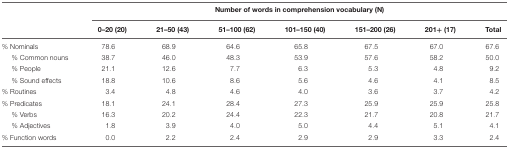
<table><thead><tr><td></td><td colspan="7"><b>Number of words in comprehension vocabulary (N)</b></td></tr><tr><td></td><td><b>0–20 (20)</b></td><td><b>21–50 (43)</b></td><td><b>51–100 (62)</b></td><td><b>101–150 (40)</b></td><td><b>151–200 (26)</b></td><td><b>201+ (17)</b></td><td><b>Total</b></td></tr></thead><tbody><tr><td>% Nominals</td><td>78.6</td><td>68.9</td><td>64.6</td><td>65.8</td><td>67.5</td><td>67.0</td><td>67.6</td></tr><tr><td>% Common nouns</td><td>38.7</td><td>46.0</td><td>48.3</td><td>53.9</td><td>57.6</td><td>58.2</td><td>50.0</td></tr><tr><td>% People</td><td>21.1</td><td>12.6</td><td>7.7</td><td>6.3</td><td>5.3</td><td>4.8</td><td>9.2</td></tr><tr><td>% Sound effects</td><td>18.8</td><td>10.6</td><td>8.6</td><td>5.6</td><td>4.6</td><td>4.1</td><td>8.5</td></tr><tr><td>% Routines</td><td>3.4</td><td>4.8</td><td>4.6</td><td>4.0</td><td>3.6</td><td>3.7</td><td>4.2</td></tr><tr><td>% Predicates</td><td>18.1</td><td>24.1</td><td>28.4</td><td>27.3</td><td>25.9</td><td>25.9</td><td>25.8</td></tr><tr><td>% Verbs</td><td>16.3</td><td>20.2</td><td>24.4</td><td>22.3</td><td>21.7</td><td>20.8</td><td>21.7</td></tr><tr><td>% Adjectives</td><td>1.8</td><td>3.9</td><td>4.0</td><td>5.0</td><td>4.4</td><td>5.1</td><td>4.1</td></tr><tr><td>% Function words</td><td>0.0</td><td>2.2</td><td>2.4</td><td>2.9</td><td>2.9</td><td>3.3</td><td>2.4</td></tr></tbody></table>